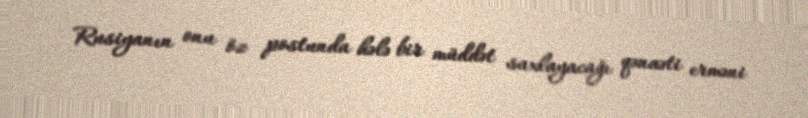
Rusiyanın onu öz postunda hələ bir müddət saxlayacağı qənaəti erməni